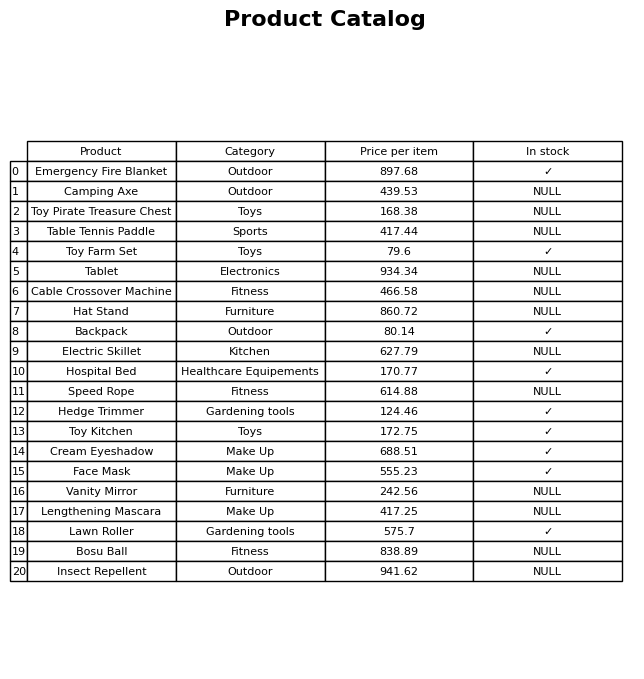
question: What is the price of the Face Mask?
answer: The price of Face Mask is 555.23.